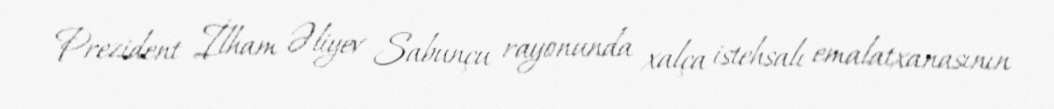
Prezident İlham Əliyev Sabunçu rayonunda xalça istehsalı emalatxanasının